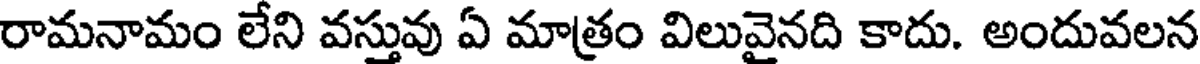
రామనామం లేని వస్తువు ఏ మాత్రం విలువైనది కాదు. అందువలన